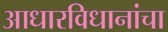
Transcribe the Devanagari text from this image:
आधारविधानांचा